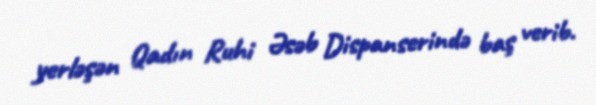
yerləşən Qadın Ruhi Əsəb Dispanserində baş verib.